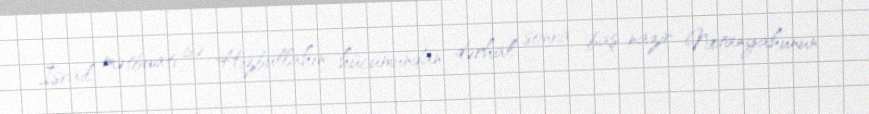
İsrail mətbuatı isə Hizbullahın hücumundan dərhal sonra baş nazir Netanyahunun